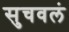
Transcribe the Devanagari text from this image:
सुचवलं